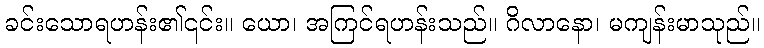
ခင်းသောရဟန်း၏၎င်း။ ယော၊ အကြင်ရဟန်းသည်။ ဂိလာနော၊ မကျန်းမာသုည်။